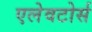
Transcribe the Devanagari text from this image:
एलेवटोर्स